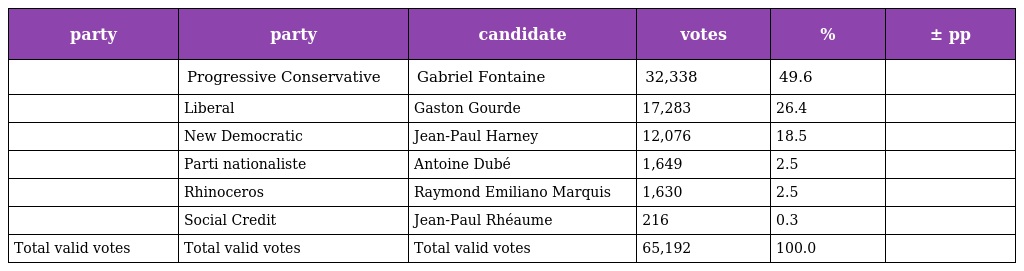
| party | party | candidate | votes | % | ± pp |
 | --- | --- | --- | --- | --- | --- |
 |  | Progressive Conservative | Gabriel Fontaine | 32,338 | 49.6 |  |
 |  | Liberal | Gaston Gourde | 17,283 | 26.4 |  |
 |  | New Democratic | Jean-Paul Harney | 12,076 | 18.5 |  |
 |  | Parti nationaliste | Antoine Dubé | 1,649 | 2.5 |  |
 |  | Rhinoceros | Raymond Emiliano Marquis | 1,630 | 2.5 |  |
 |  | Social Credit | Jean-Paul Rhéaume | 216 | 0.3 |  |
 | Total valid votes | Total valid votes | Total valid votes | 65,192 | 100.0 |  |